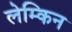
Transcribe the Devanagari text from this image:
लेम्किन